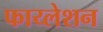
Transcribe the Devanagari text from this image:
फाय्लेशन